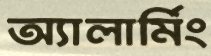
অ্যালার্মিং